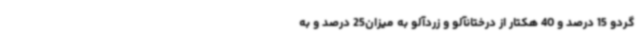
گردو 15 درصد و 40 هکتار از درختانآلو و زردآلو به میزان25 درصد و به